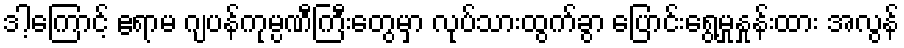
ဒါ့ကြောင့် ဧရာမ ဂျပန်ကုမ္ပဏီကြီးတွေမှာ လုပ်သားထွက်ခွာ ပြောင်းရွေ့မှုနှုန်းထား အလွန်